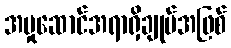
အမှုဆောင်အရာရှိချုပ်အဖြစ်